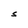
Character: s